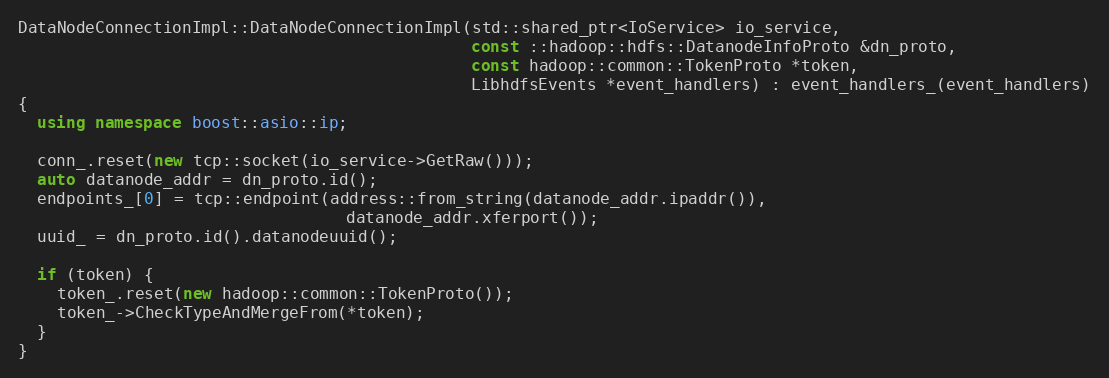
Language: C++
DataNodeConnectionImpl::DataNodeConnectionImpl(std::shared_ptr<IoService> io_service,
                                               const ::hadoop::hdfs::DatanodeInfoProto &dn_proto,
                                               const hadoop::common::TokenProto *token,
                                               LibhdfsEvents *event_handlers) : event_handlers_(event_handlers)
{
  using namespace boost::asio::ip;

  conn_.reset(new tcp::socket(io_service->GetRaw()));
  auto datanode_addr = dn_proto.id();
  endpoints_[0] = tcp::endpoint(address::from_string(datanode_addr.ipaddr()),
                                  datanode_addr.xferport());
  uuid_ = dn_proto.id().datanodeuuid();

  if (token) {
    token_.reset(new hadoop::common::TokenProto());
    token_->CheckTypeAndMergeFrom(*token);
  }
}